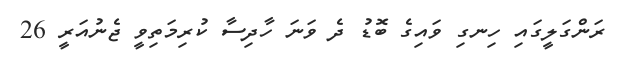
ރަންގަލީގައި ހިނގި ވައިގެ ބޮޑު ދެ ވަނަ ހާދިސާ ކުރިމަތިވީ ޖެނުއަރީ 26